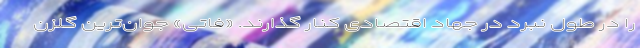
را در طول نبرد در جهاد اقتصادی کنار گذارند. «فاتی» جوان‌ترین گلزن